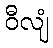
ဝီလျံ